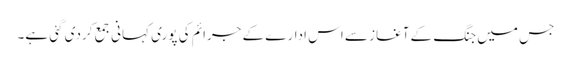
جس میں جنگ کے آغاز سے اس ادارے کے جرائم کی پوری کہانی جمع کردی گئی ہے۔